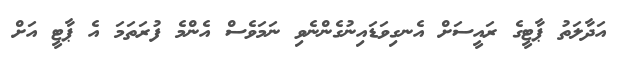
އަދާލަތު ޕާޓީގެ ރައީސަށް އެނގިވަޑައިނުގެންނެވި ނަމަވެސް އެންމެ ފުރަތަމަ އެ ޕާޓީ އަށް